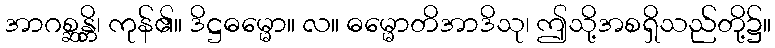
အာဂစ္ဆန္တိ၊ ကုန်၏။ ဒိဋ္ဌဓမ္မော။ လ။ ဓမ္မောတိအာဒိသု၊ ဤသို့အစရှိသည်တို့၌။